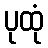
ပုထုံ